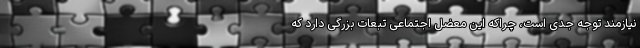
نیازمند توجه جدی است، چراکه این معضل اجتماعی تبعات بزرگی دارد که